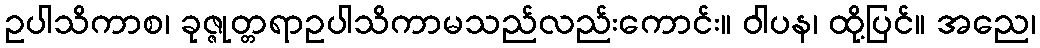
ဥပါသိကာစ၊ ခုဇ္ဇုတ္တရာဥပါသိကာမသည်လည်းကောင်း။ ဝါပန၊ ထို့ပြင်။ အညေ၊